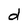
Character: d